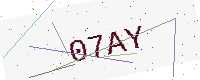
Text: 07AY